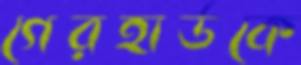
গেরহার্ডকে